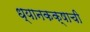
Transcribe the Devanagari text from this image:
ध्यानकक्षाची